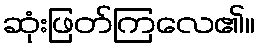
ဆုံးဖြတ်ကြလေ၏။